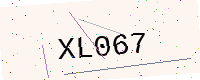
Text: XL067